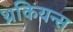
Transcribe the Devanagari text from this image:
थ्रकियन्स